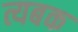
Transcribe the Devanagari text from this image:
त्यबक